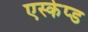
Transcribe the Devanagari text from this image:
एस्केप्ड